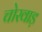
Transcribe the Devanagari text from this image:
चोरवाड़